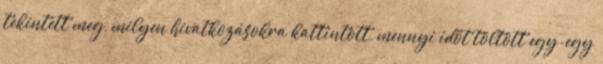
tekintett meg, milyen hivatkozásokra kattintott, mennyi időt töltött egy-egy